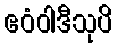
ဧဝံဝါဒီသုပိ